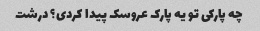
چه پارکی تو یه پارک عروسک پیدا کردی؟ درشت